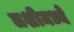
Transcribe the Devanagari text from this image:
लशीमध्ये